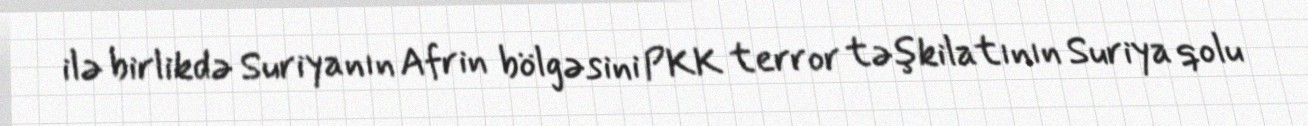
ilə birlikdə Suriyanın Afrin bölgəsini PKK terror təşkilatının Suriya qolu